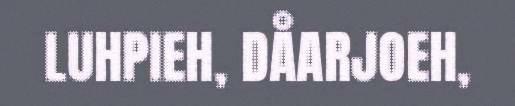
LUHPIEH, DÅARJOEH,